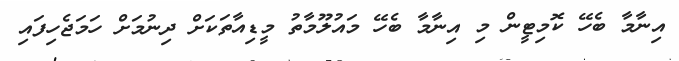
އިނާމާ ބެހޭ ކޮމިޓީން މި އިނާމާ ބެހޭ މައުލޫމާތު މީޑިއާތަކަށް ދިނުމަށް ހަމަޖެހިފައި